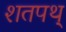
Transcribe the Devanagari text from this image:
शतपथ्